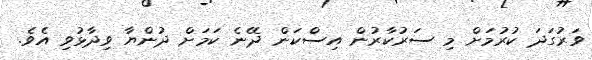
ވަރުގަދަ ކުރުމަށް މި ސަރުކާރުން އިސްކަން ދޭނެ ކަމަށް ދުންޔާ ވިދާޅުވި އެވެ.